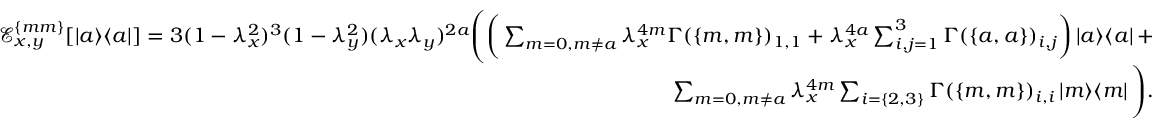
\begin{array} { r } { \mathcal { E } _ { x , y } ^ { \{ m m \} } [ \left| a \middle > \middle < a \right| ] = 3 ( 1 - \lambda _ { x } ^ { 2 } ) ^ { 3 } ( 1 - \lambda _ { y } ^ { 2 } ) ( \lambda _ { x } \lambda _ { y } ) ^ { 2 a } \Bigg ( \bigg ( \sum _ { m = 0 , m \neq a } \lambda _ { x } ^ { 4 m } \Gamma ( \{ m , m \} ) _ { 1 , 1 } + \lambda _ { x } ^ { 4 a } \sum _ { i , j = 1 } ^ { 3 } \Gamma ( \{ a , a \} ) _ { i , j } \bigg ) \left| a \middle > \middle < a \right| + } \\ { \sum _ { m = 0 , m \neq a } \lambda _ { x } ^ { 4 m } \sum _ { i = \{ 2 , 3 \} } \Gamma ( \{ m , m \} ) _ { i , i } \left| m \middle > \middle < m \right| \Bigg ) . } \end{array}